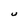
Character: U